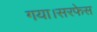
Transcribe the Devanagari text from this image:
गया।सरफेस